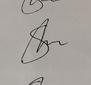
Signature authenticity: genuine